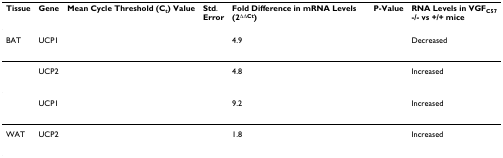
<table><thead><tr><td><b>Tissue</b></td><td><b>Gene</b></td><td><b>Mean Cycle Threshold (C<sub>t</sub>) Value</b></td><td><b>Std.Error</b></td><td><b>Fold Difference in mRNA Levels (2<sup>ΔΔCt</sup>)</b></td><td><b>P-Value</b></td><td><b>RNA Levels in VGF<sub>C57</sub>-/- vs +/+ mice</b></td></tr></thead><tbody><tr><td>BAT</td><td>UCP1</td><td>[EMPTY_CELL]</td><td>[EMPTY_CELL]</td><td>4.9</td><td>[EMPTY_CELL]</td><td>Decreased</td></tr><tr><td>[EMPTY_CELL]</td><td>UCP2</td><td>[EMPTY_CELL]</td><td>[EMPTY_CELL]</td><td>4.8</td><td>[EMPTY_CELL]</td><td>Increased</td></tr><tr><td>[EMPTY_CELL]</td><td>UCP1</td><td>[EMPTY_CELL]</td><td>[EMPTY_CELL]</td><td>9.2</td><td>[EMPTY_CELL]</td><td>Increased</td></tr><tr><td>WAT</td><td>UCP2</td><td>[EMPTY_CELL]</td><td>[EMPTY_CELL]</td><td>1.8</td><td>[EMPTY_CELL]</td><td>Increased</td></tr></tbody></table>